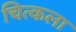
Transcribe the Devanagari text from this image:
चित्कला